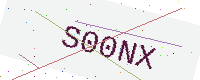
Text: S00NX